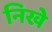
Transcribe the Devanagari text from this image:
निखे